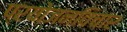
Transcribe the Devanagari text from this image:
प्रयोजनविचार